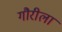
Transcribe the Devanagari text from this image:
गौरीला